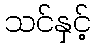
သင်နှင့်